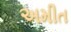
અમીત